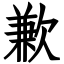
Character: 歉